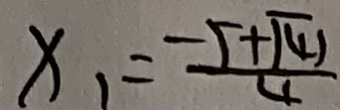
x _ { 1 } = \frac { - 5 + \sqrt { 4 1 } } { 4 }